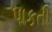
પાકતી